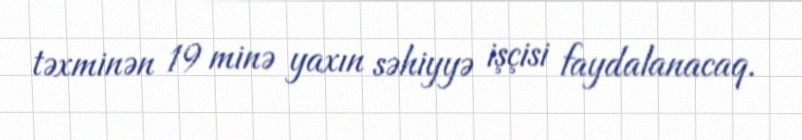
təxminən 19 minə yaxın səhiyyə işçisi faydalanacaq.